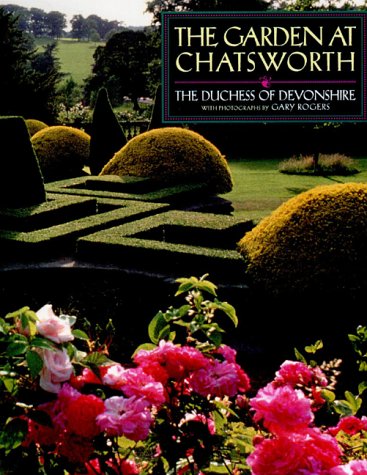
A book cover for The Garden at Chatsworth; The Duchess of Devonshire; Crafts, Hobbies & Home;